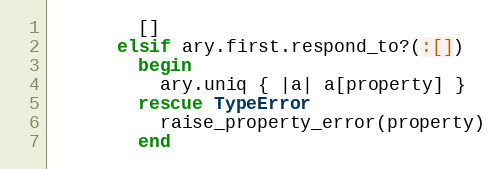
Language: Ruby
        []
      elsif ary.first.respond_to?(:[])
        begin
          ary.uniq { |a| a[property] }
        rescue TypeError
          raise_property_error(property)
        end